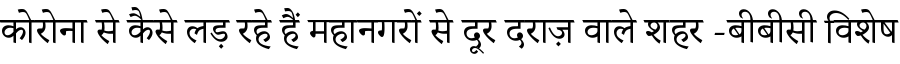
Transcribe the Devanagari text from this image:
कोरोना से कैसे लड़ रहे हैं महानगरों से दूर दराज़ वाले शहर -बीबीसी विशेष